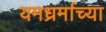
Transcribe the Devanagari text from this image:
यमध्रर्माच्या